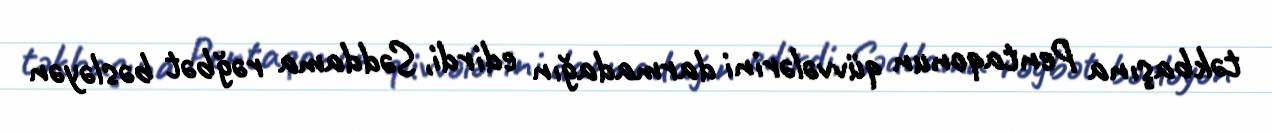
təkbaşına Pentaqonun qüvvələrini darmadağın edirdi, Səddama rəğbət bəsləyən